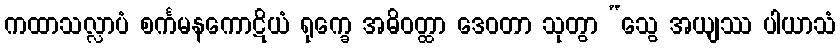
ကထာသလ္လာပံ စင်္ကမနကောဋိယံ ရုက္ခေ အဓိဝတ္ထာ ဒေဝတာ သုတွာ “သွေ အယျဿ ပါယာသံ